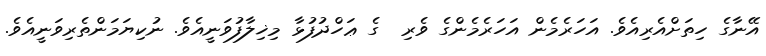
އޭނާގެ ހިތަށްއެރިއެވެ. އަހަރެމެން އަހަރެމެންގެ ވެރި  ގެ ޢަހްދުފުޅާ މިޚިލާފުވަނީއެވެ. ނުކިޔަމަންތެރިވަނީއެވެ.